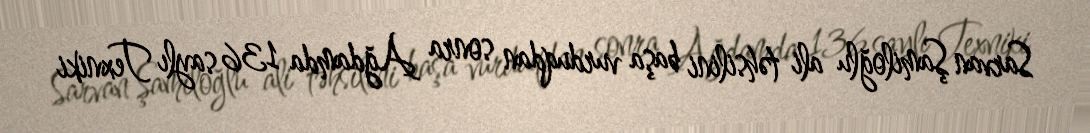
Sarvan Şamiloğlu ali təhsilini başa vurduqdan sonra Ağdamda 136 saylı Texniki